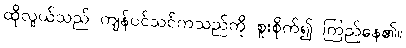
ထိုလူယ်သည် ကျန်ပင်သင်ကသည်ကို စူးစိုက်၍ ကြည်နေ၏။